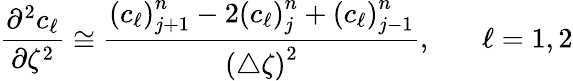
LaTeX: \frac{\partial^{2}c_{\ell}}{\partial\zeta^{2}}\cong\frac{{\left(c_{\ell}\right)}_{j+1}^{n}-2{\left(c_{\ell}\right)}_{j}^{n}+{\left(c_{\ell}\right)}_{j-1}^{n}}{{\left(\triangle\zeta\right)}^{2}},~~~~~~~\ell=1,2